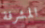
المشرفة